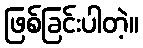
ဖြစ်ခြင်းပါတဲ့။